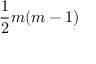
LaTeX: { \frac { 1 } { 2 } } m ( m - 1 )